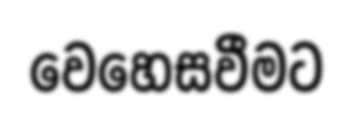
වෙහෙසවීමට